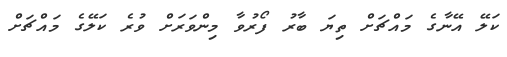
ކަލޭ އޭނާގެ މައްޗަށް ތިޔަ ބާރު ފޯރުވާ މިންވަރަށް ވުރެ ކަލޭގެ މައްޗަށް